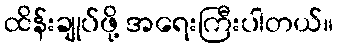
ထိန်းချုပ်ဖို့ အရေးကြီးပါတယ်။